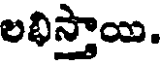
లభిస్తాయి.